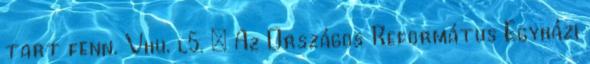
tart fenn. Vhu. l5. § Az Országos Református Egyházi